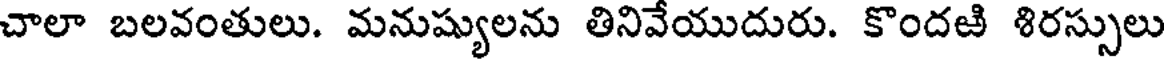
చాలా బలవంతులు. మనుష్యులను తినివేయుదురు. కొందఱి శిరస్సులు